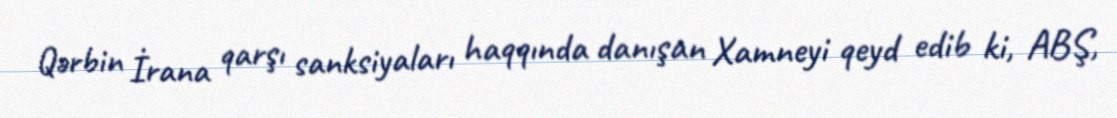
Qərbin İrana qarşı sanksiyaları haqqında danışan Xamneyi qeyd edib ki, ABŞ,